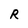
Character: R